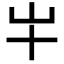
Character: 𫵱